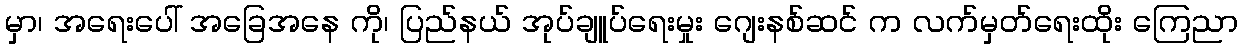
မှာ၊ အရေးပေါ် အခြေအနေ ကို၊ ပြည်နယ် အုပ်ချူပ်ရေးမှုး ဂျေးနစ်ဆင် က လက်မှတ်ရေးထိုး ကြေညာ